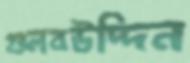
গুলবউদ্দিন